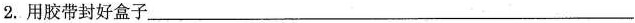
2.用胶带封好盒子__